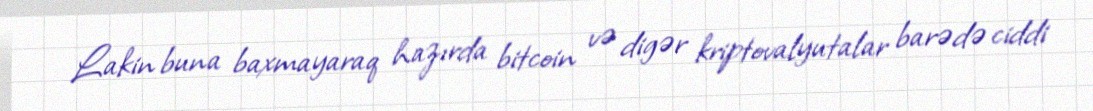
Lakin buna baxmayaraq hazırda bitcoin və digər kriptovalyutalar barədə ciddi